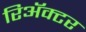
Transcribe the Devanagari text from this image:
रिॲक्टर